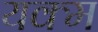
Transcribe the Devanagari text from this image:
यक्म